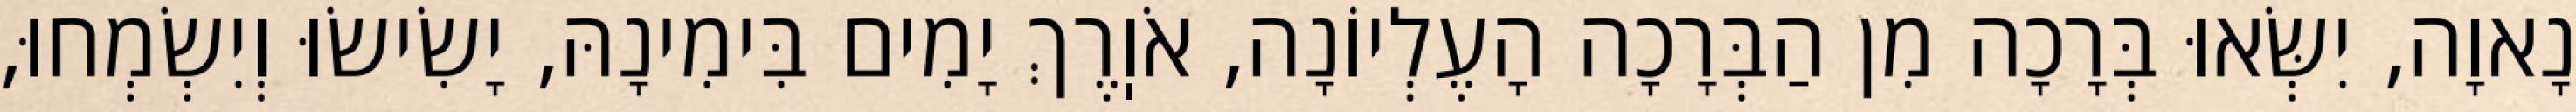
נָאוָה, יִשְּׂאוּ בְּרָכָה מִן הַבְּרָכָה הָעֶלְיוֹנָה, אֹוֽרֶךְ יָמִים בִּימִינָהּ, יָשִׂישׂוּ וְיִשְׂמְחוּ,